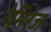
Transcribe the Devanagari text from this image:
रेमिरेज